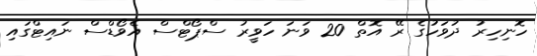
ހޮނިހިރު ދުވަހުގެ ރޭ އޮތް 20 ވަނަ ހަވީރު ސްޕޯޓްސް އެވޯޑްސް ނައިޓްގައި